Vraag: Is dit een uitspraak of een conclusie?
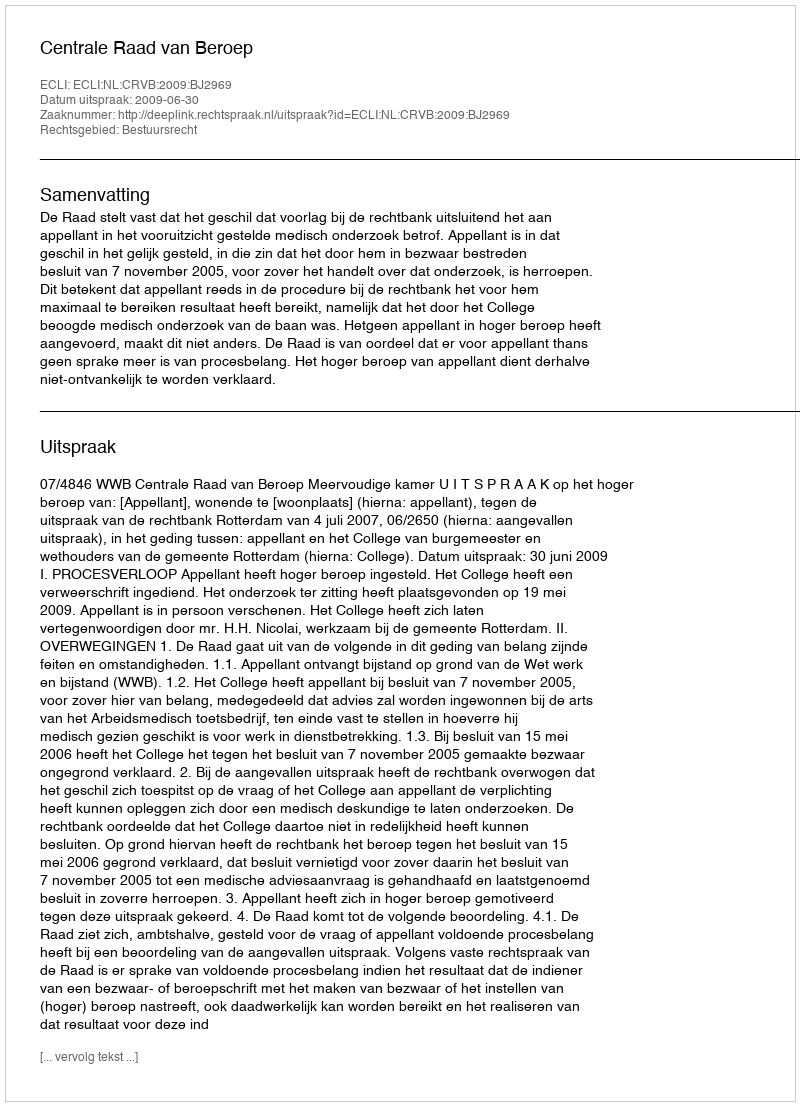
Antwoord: Uitspraak